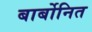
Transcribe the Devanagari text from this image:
बार्बोनित